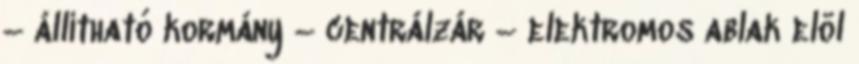
– állítható kormány – centrálzár – elektromos ablak elöl